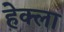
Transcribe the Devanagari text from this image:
हेक्ला